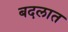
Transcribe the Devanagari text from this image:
बदलात